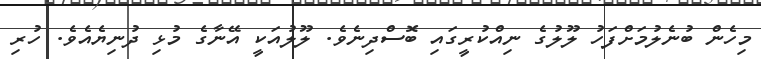
މިހެން ބުނެލުމަށްފަހު ލޫލުގެ ނިއްކުރީގައި ބޮސްދިނެވެ. ލޫލުއަކީ އޭނާގެ މުޅި ދުނިޔެއެވެ. ހުރި